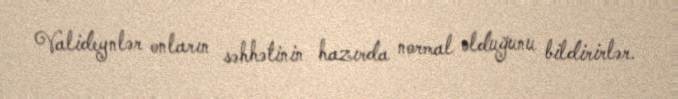
Valideynlər onların səhhətinin hazırda normal olduğunu bildirirlər.